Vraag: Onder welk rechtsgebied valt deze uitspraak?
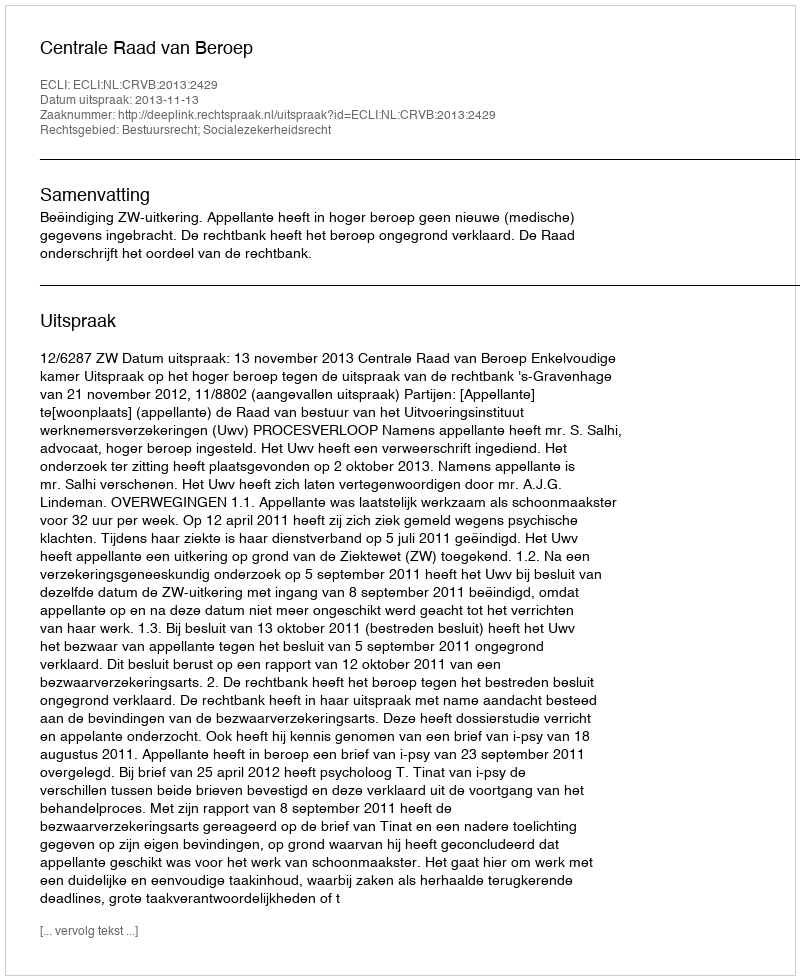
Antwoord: Bestuursrecht; Socialezekerheidsrecht